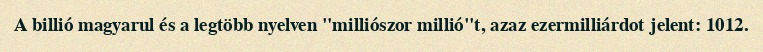
A billió magyarul és a legtöbb nyelven "milliószor millió"t, azaz ezermilliárdot jelent: 1012.